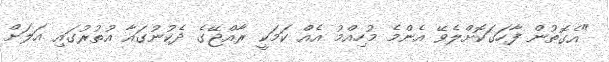
"އެގޮތުން ފާހަގަކޮށްލެވޭ އެންމެ މުހިއްމު އެއް ކަމަކީ ރާއްޖޭގެ ދެކުނުގައާ އުތުރުގައި އަލަށް